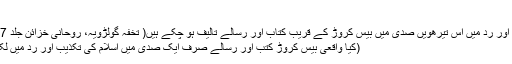
ثابت کیا جاے)
اسلام کی تکذیب اور رد میں اس تیرھویں صدی میں بیس کروڑ کے قریب کتاب اور رسالے تالیف ہو چکے ہیں( تخفہ گولڑویہ، روحانی خزائن جلد 17 صفحہ 266)
(کیا واقعی بیس کروڑ کتب اور رسالے صرف ایک صدی میں اسلام کی تکذیب اور رد میں لکھے گئے تھے؟